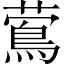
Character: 𦾉